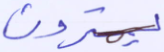
يمترون